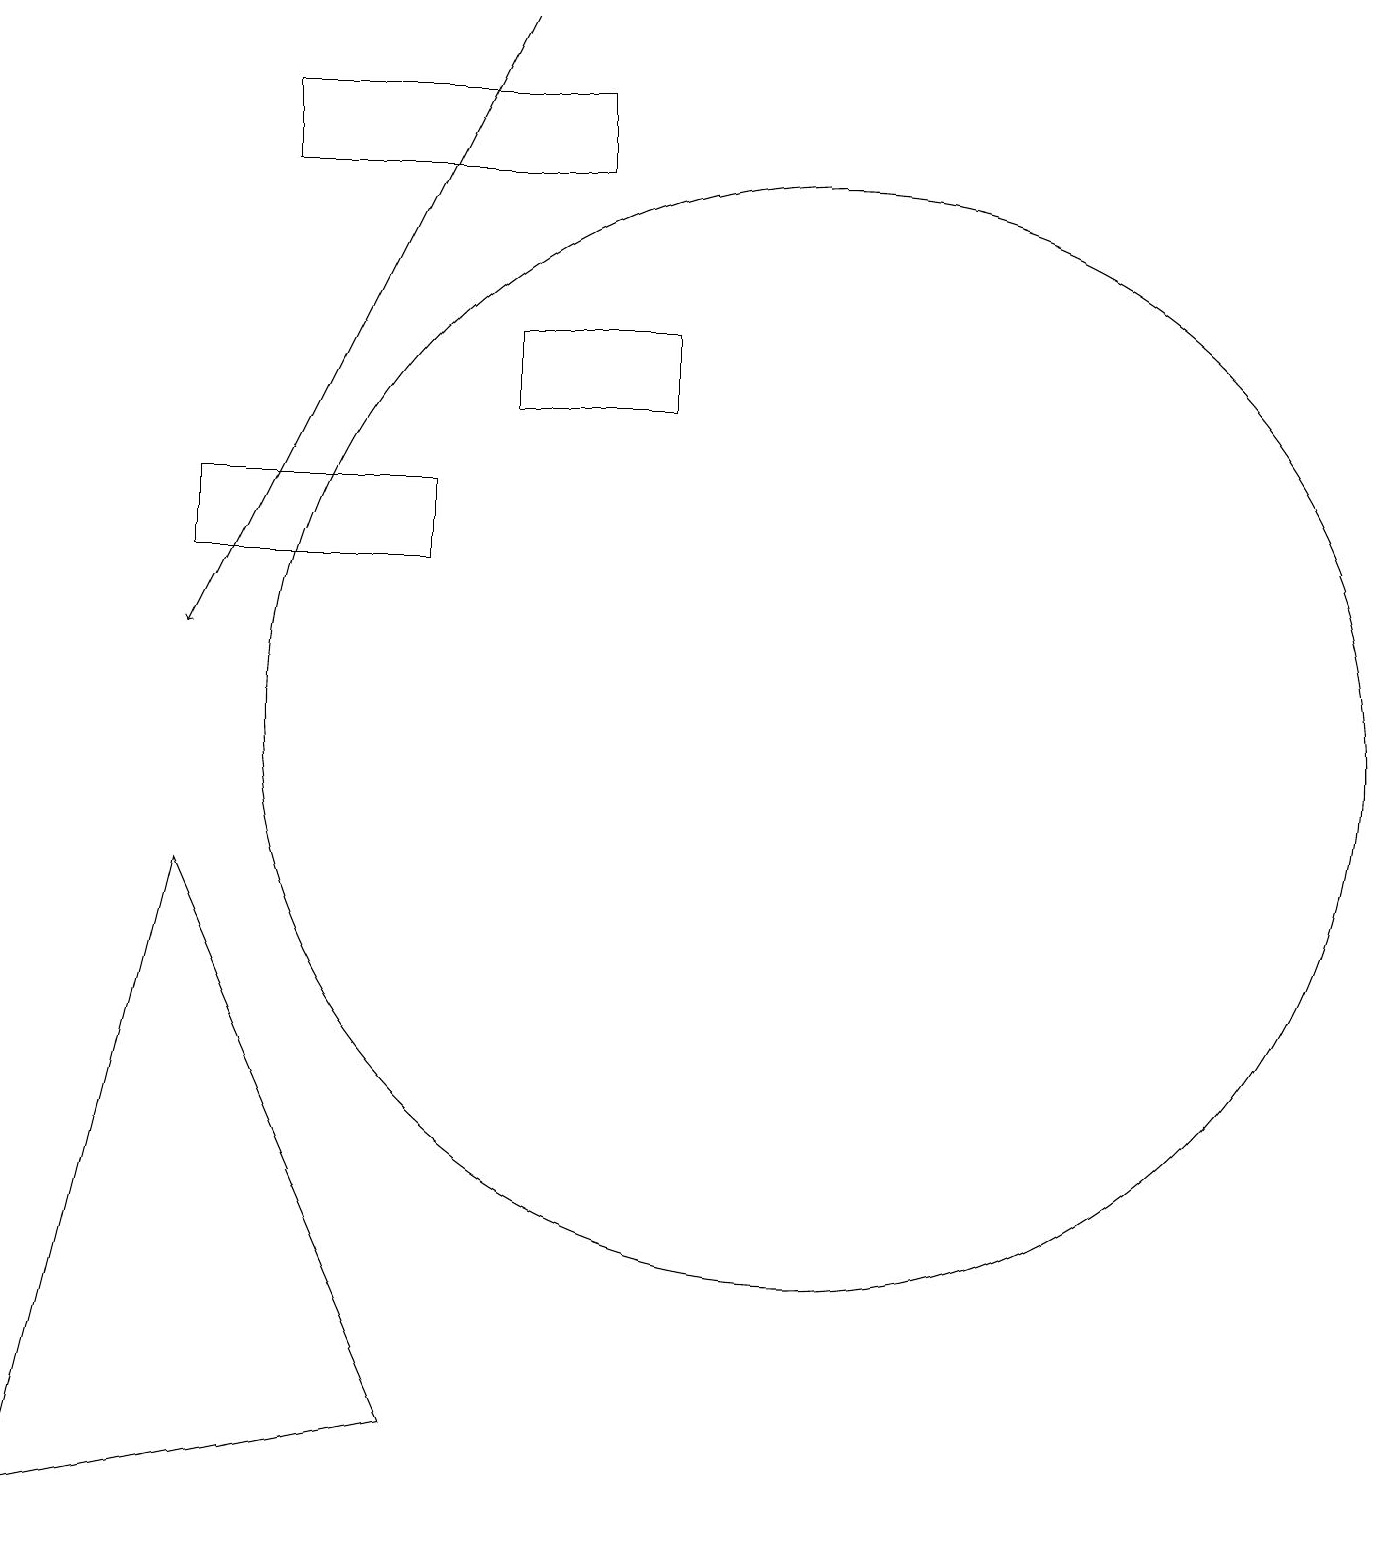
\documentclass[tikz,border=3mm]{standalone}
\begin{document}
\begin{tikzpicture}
\draw (2,13) rectangle (5,12);
\draw (8,14) rectangle (6,15);
\draw (5,1) -- (2,8) -- (0,0) -- cycle;
\draw (7,17) rectangle (3,18);
\draw[->] (6,19) -- (2,11);
\draw (10,10) circle (7);
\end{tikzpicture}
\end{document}